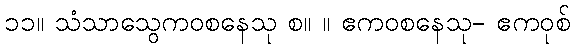
၁၁။ သံသာသွေကဝစနေသု စ။ ။ ဧကဝစနေသု- ဧကဝုစ်